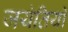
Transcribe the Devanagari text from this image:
जयंतियों